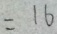
= 1 6